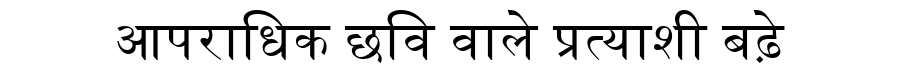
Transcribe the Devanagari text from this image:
आपराधिक छवि वाले प्रत्याशी बढ़े